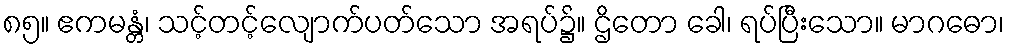
၈၅။ ဧကမန္တံ၊ သင့်တင့်လျောက်ပတ်သော အရပ်၌။ ဌိတော ခေါ၊ ရပ်ပြီးသော။ မာဂဓော၊